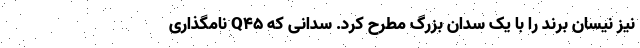
نیز نیسان برند را با یک سدان بزرگ مطرح کرد. سدانی که Q45 نامگذاری